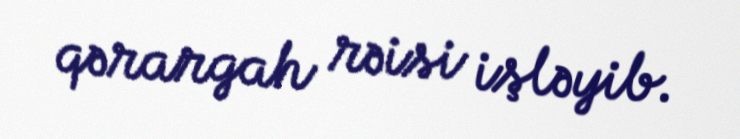
qərargah rəisi işləyib.